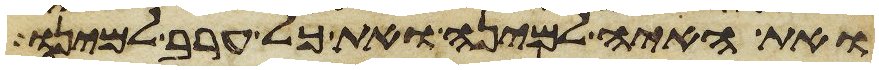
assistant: ואת האיה למינה ואת כל ערב למינו